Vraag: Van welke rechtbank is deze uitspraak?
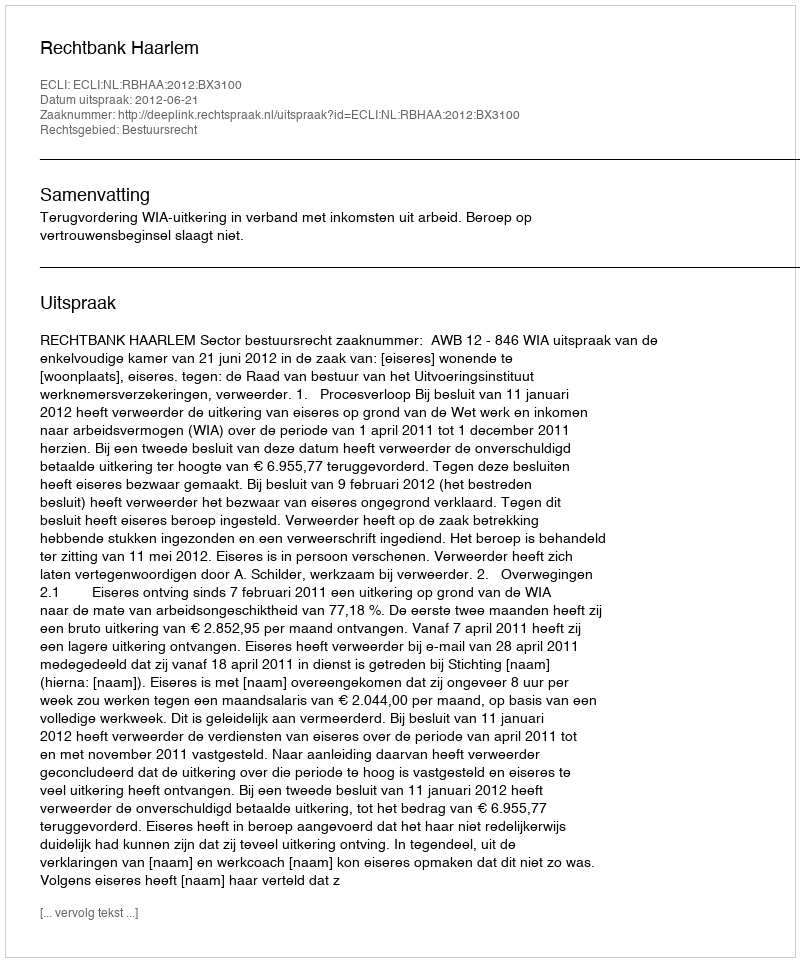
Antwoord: Rechtbank Haarlem